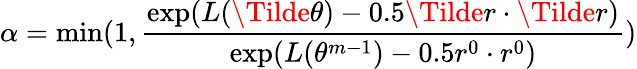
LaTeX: \alpha=\operatorname*{min}(1,\frac{\exp(L(\Tilde{\theta})-0.5\Tilde{r}\cdot\Tilde{r})}{\exp(L(\theta^{m-1})-0.5r^{0}\cdot r^{0})})